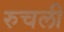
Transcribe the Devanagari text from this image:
रुचली